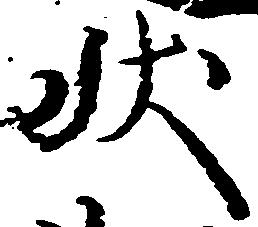
状